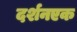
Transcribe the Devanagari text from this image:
दर्शनएक